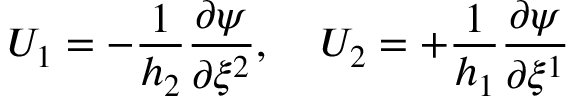
U _ { 1 } = - \frac { 1 } { h _ { 2 } } \frac { \partial \psi } { \partial \xi ^ { 2 } } , \; \; \; \; U _ { 2 } = + \frac { 1 } { h _ { 1 } } \frac { \partial \psi } { \partial \xi ^ { 1 } }